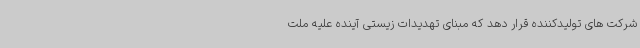
شرکت های تولیدکننده قرار دهد که مبنای تهدیدات زیستی آینده علیه ملت